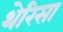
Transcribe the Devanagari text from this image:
थेरिसा